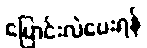
ပြောင်းလဲပေးရန်